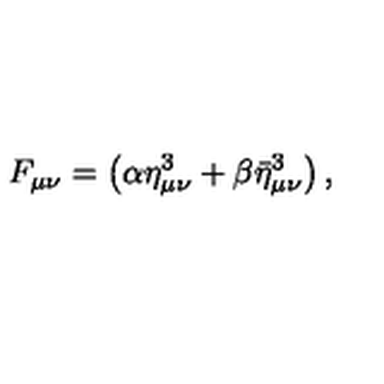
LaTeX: F _ { \mu \nu } = \left( \alpha \eta _ { \mu \nu } ^ { 3 } + \beta \bar { \eta } _ { \mu \nu } ^ { 3 } \right) ,